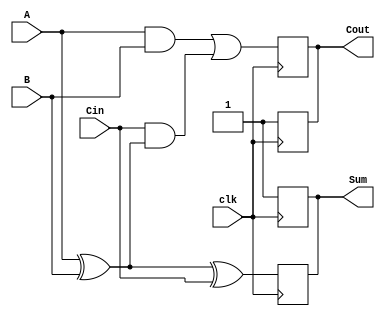
module dynamic_full_adder (
    input wire A,      // First input bit
    input wire B,      // Second input bit
    input wire Cin,    // Carry-in bit
    input wire clk,    // Clock signal
    output reg Sum,    // Sum output
    output reg Cout    // Carry-out output
);

    // Internal signals for dynamic logic
    reg precharge;     // Precharge signal
    reg A_B;           // Intermediate signal for A XOR B

    // Precharge phase
    always @(posedge clk) begin
        // Precharge phase: set Sum and Cout to high
        precharge <= 1'b1;
        Sum <= 1'b1;   // Precharge Sum to high
        Cout <= 1'b1;  // Precharge Cout to high
    end

    // Evaluation phase
    always @(negedge clk) begin
        // Evaluation phase: compute Sum and Cout based on inputs
        precharge <= 1'b0; // End precharge phase

        // Compute A XOR B
        A_B = A ^ B;

        // Compute Sum and Cout
        Sum <= A_B ^ Cin; // Sum = A XOR B XOR Cin
        Cout <= (A & B) | (Cin & A_B); // Cout = (A AND B) OR (Cin AND (A XOR B))
    end

endmodule